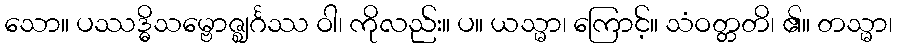
သော။ ပဿဒ္ဓိသမ္ဗောဇ္ဈင်္ဂဿ ဝါ၊ ကိုလည်း။ ပ။ ယသ္မာ၊ ကြောင့်။ သံဝတ္တတိ၊ ၏။ တသ္မာ၊